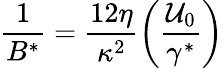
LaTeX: \frac{1}{B^{*}}=\frac{12\eta}{\kappa^{2}}\left(\frac{\mathcal{U}_{0}}{\gamma^{*}}\right)